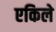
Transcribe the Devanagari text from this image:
एकिले